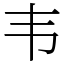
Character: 韦